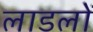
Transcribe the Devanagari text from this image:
लाडलों